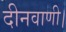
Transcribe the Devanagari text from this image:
दीनवाणी।